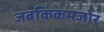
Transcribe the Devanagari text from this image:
जबकिकमज़ोर